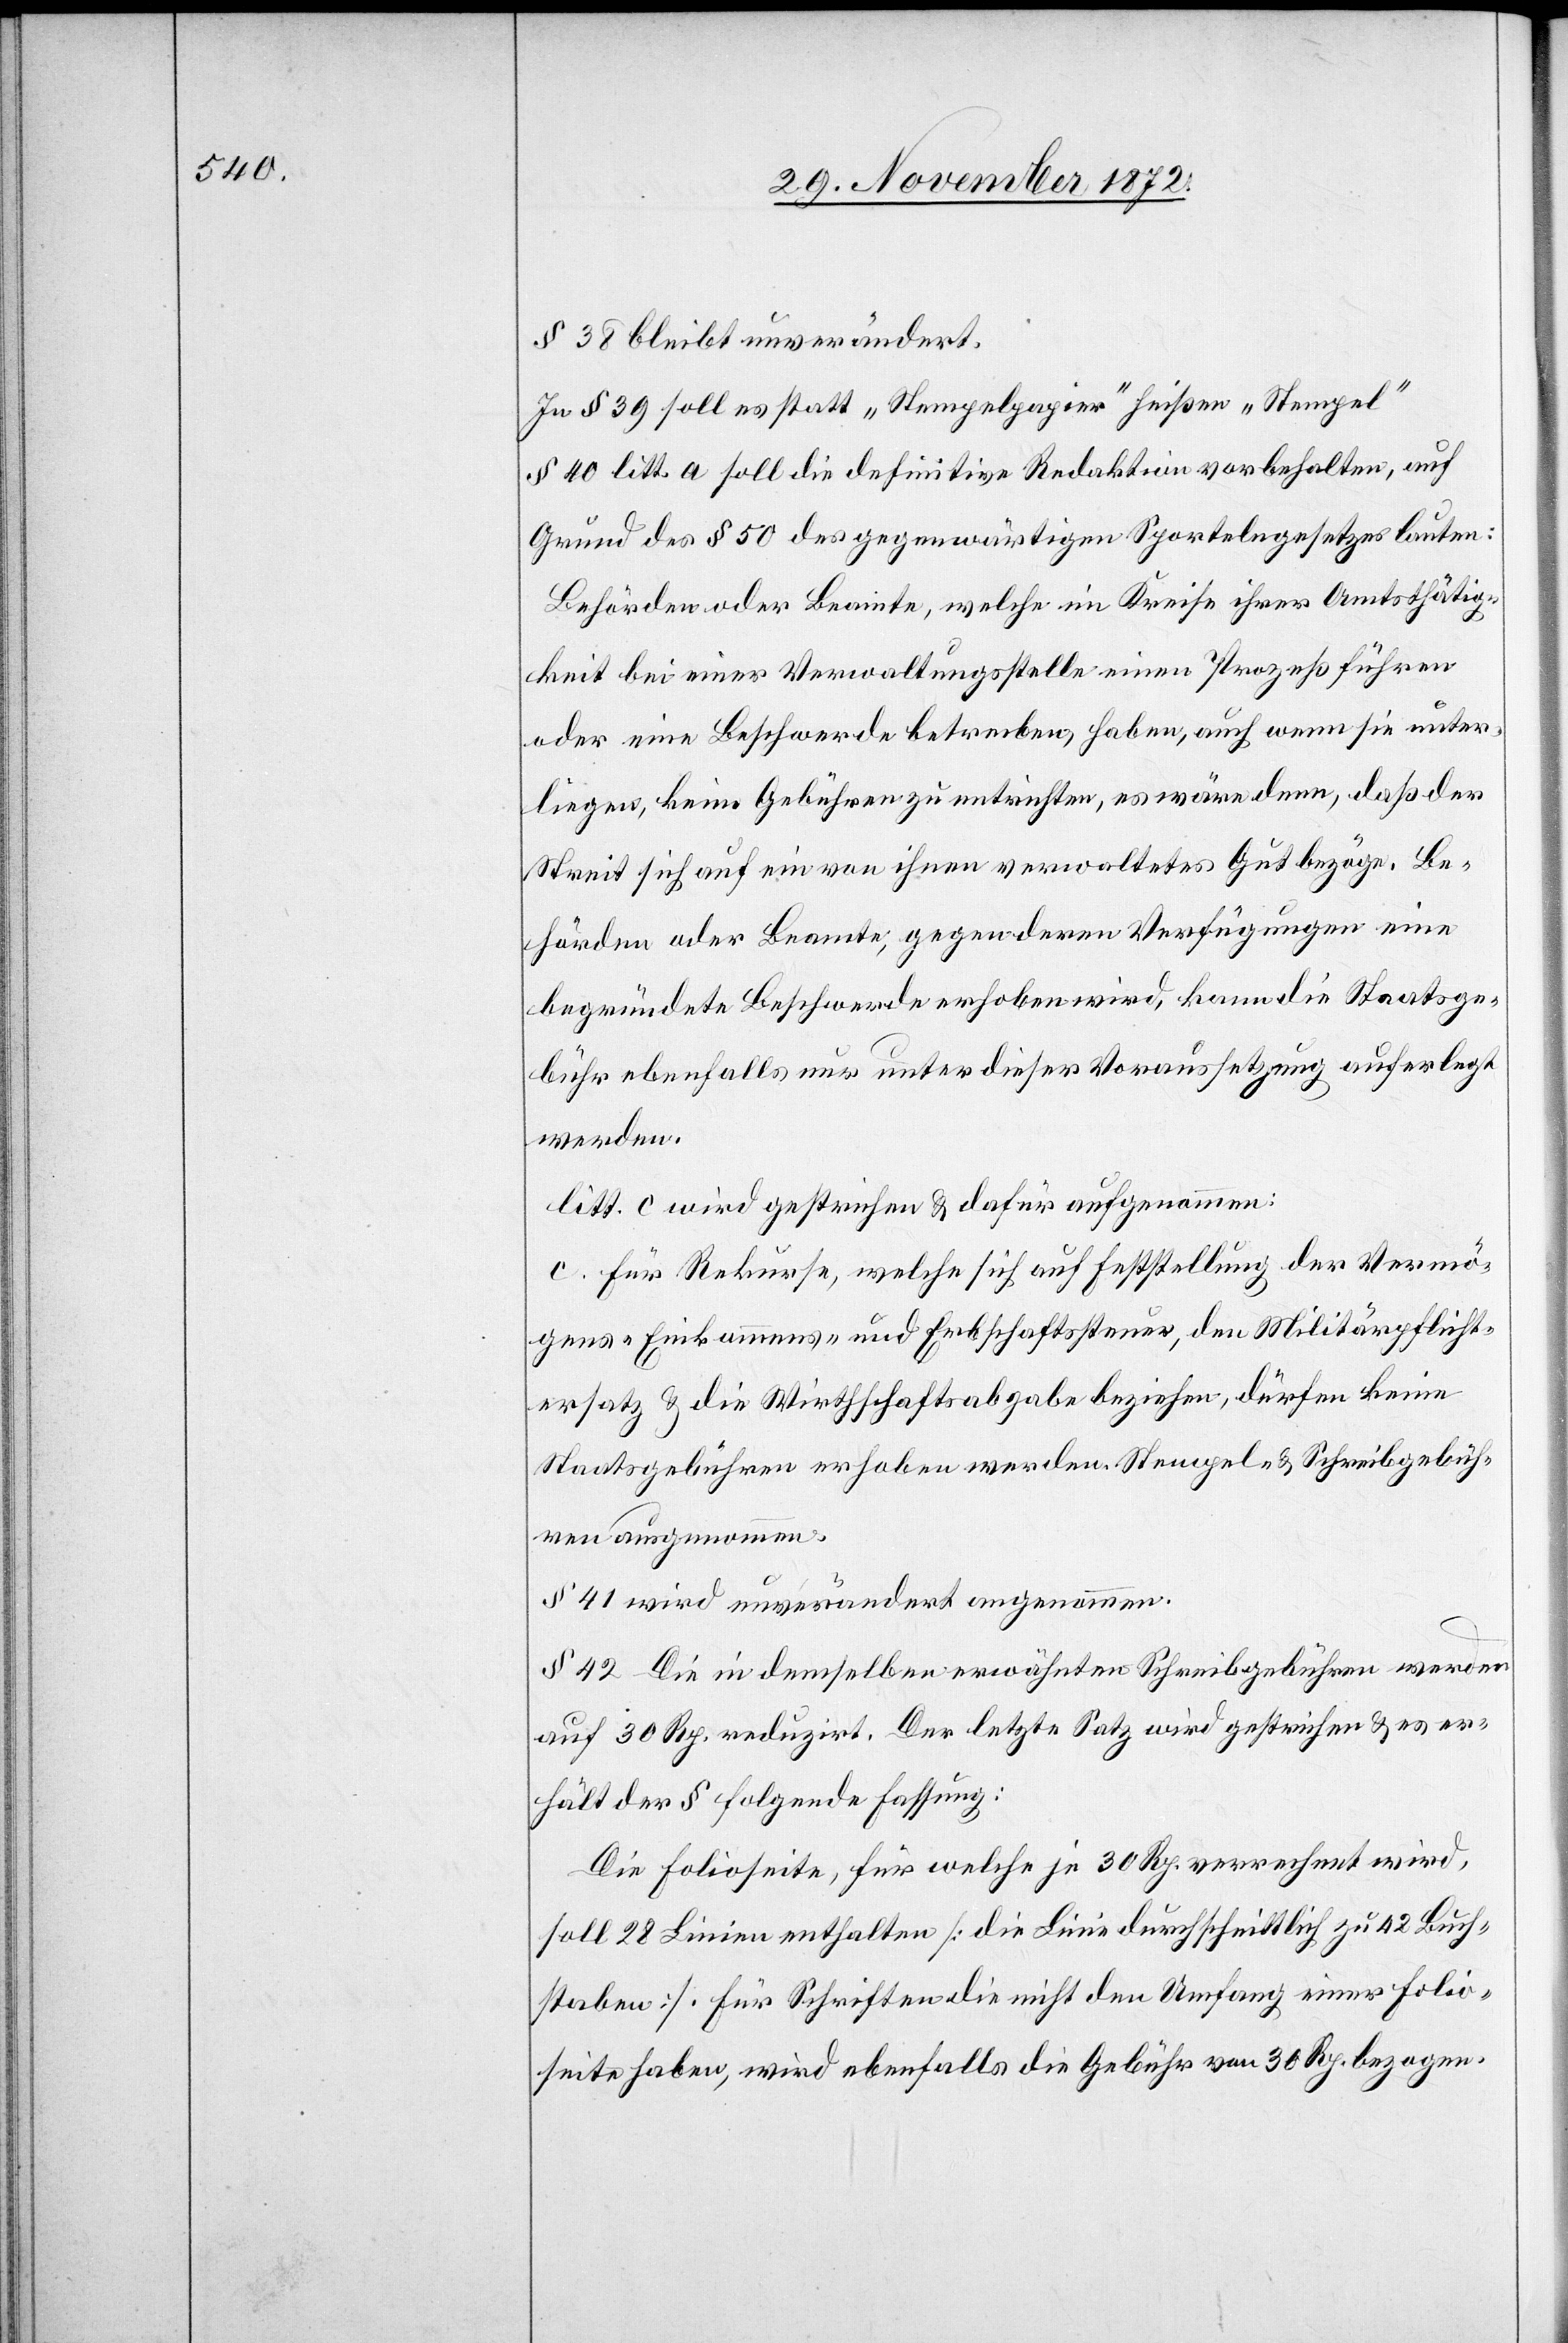
§ 38 bleibt unverändert.
In § 39 soll es statt „Stempelpapier“ heißen „Stempel“
§ 40 litt. a soll die definitive Redaktion vorbehalten, auf
Grund des § 50 des gegenwärtigen Sportelngesetzes lauten:
Behörden oder Beamte, welche im Kreise ihrer Amtsthätig¬
keit bei einer Verwaltungsstelle einen Prozeß führen
oder eine Beschwerde betreiben, haben, auch wenn sie unter¬
liegen, keine Gebühren zu entrichten, es wäre denn, daß der
Streit sich auf ein von ihnen verwaltetes Gut bezöge. Be¬
hörden oder Beamte, gegen deren Verfügungen eine
begründete Beschwerde erhoben wird, kann die Staatsge¬
bühr ebenfalls nur unter dieser Voraussetzung auferlegt
werden.
litt. c wird gestrichen u. dafür aufgenommen:
c. Für Rekurse, welche sich auf Feststellung der Vermö¬
gens- Einkommens- und Erbschaftssteuer, den Militärpflicht¬
ersatz u. die Wirthschaftsabgabe beziehen, dürfen keine
Staatsgebühren erhoben werden. Stempel- u. Schreibgebühr¬
en ausgenommen.
§ 41 wird unverändert angenommen.
§ 42 Die in demselben erwähnten Schreibgebühren werden
auf 30 Rp. reduzirt. Der letzte Satz wird gestrichen u. es er¬
hält der § folgende Fassung:
Die Folioseite, für welche je 30 Rp. verrechnet wird,
soll 28 Linien enthalten [die Linie durchschnittlich zu 42 Buch¬
staben]. Für Schriften die nicht den Umfang einer Folio¬
seite haben, wird ebenfalls die Gebühr von 30 Rp. bezogen.